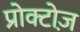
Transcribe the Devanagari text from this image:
प्रोक्टोज़